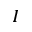
_ { I }